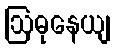
ဩဓုနေယျ